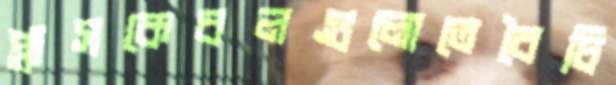
প্লাসকেবলগুলোতেবৈচি